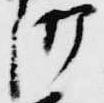
御